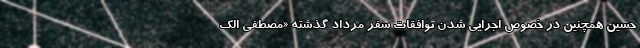
حسین همچنین در خصوص اجرایی شدن توافقات سفر مرداد گذشته «مصطفی الک